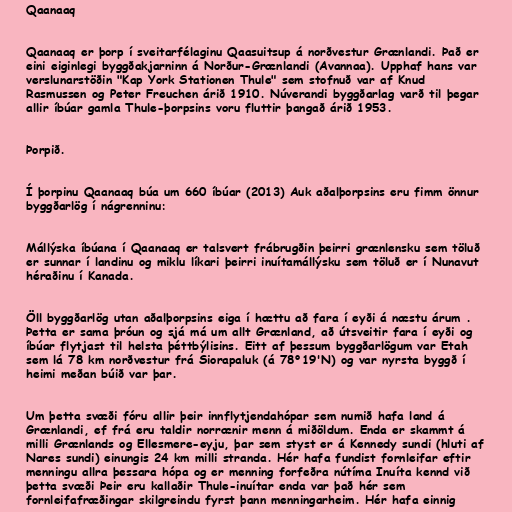
Qaanaaq

Qaanaaq er þorp í sveitarfélaginu Qaasuitsup á norðvestur Grænlandi. Það er
eini eiginlegi byggðakjarninn á Norður-Grænlandi (Avannaa). Upphaf hans var
verslunarstöðin "Kap York Stationen Thule" sem stofnuð var af Knud
Rasmussen og Peter Freuchen árið 1910. Núverandi byggðarlag varð til þegar
allir íbúar gamla Thule-þorpsins voru fluttir þangað árið 1953.

Þorpið.

Í þorpinu Qaanaaq búa um 660 íbúar (2013) Auk aðalþorpsins eru fimm önnur
byggðarlög í nágrenninu:

Mállýska íbúana í Qaanaaq er talsvert frábrugðin þeirri grænlensku sem töluð
er sunnar í landinu og miklu líkari þeirri inuítamállýsku sem töluð er í Nunavut
héraðinu í Kanada.

Öll byggðarlög utan aðalþorpsins eiga í hættu að fara í eyði á næstu árum .
Þetta er sama þróun og sjá má um allt Grænland, að útsveitir fara í eyði og
íbúar flytjast til helsta þéttbýlisins. Eitt af þessum byggðarlögum var Etah
sem lá 78 km norðvestur frá Siorapaluk (á 78°19'N) og var nyrsta byggð í
heimi meðan búið var þar.

Um þetta svæði fóru allir þeir innflytjendahópar sem numið hafa land á
Grænlandi, ef frá eru taldir norrænir menn á miðöldum. Enda er skammt á
milli Grænlands og Ellesmere-eyju, þar sem styst er á Kennedy sundi (hluti af
Nares sundi) einungis 24 km milli stranda. Hér hafa fundist fornleifar eftir
menningu allra þessara hópa og er menning forfeðra nútíma Inuíta kennd við
þetta svæði Þeir eru kallaðir Thule-inuítar enda var það hér sem
fornleifafræðingar skilgreindu fyrst þann menningarheim. Hér hafa einnig